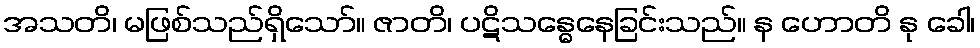
အသတိ၊ မဖြစ်သည်ရှိသော်။ ဇာတိ၊ ပဋိသန္ဓေနေခြင်းသည်။ န ဟောတိ နု ခေါ၊